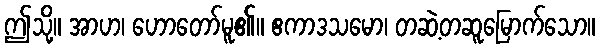
ဤသို့။ အာဟ၊ ဟောတော်မူ၏။ ဧကာဒသမော၊ တဆဲ့တဆူမြောက်သော။